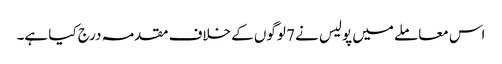
اس معاملے میں پولیس نے 7 لوگوں کے خلاف مقدمہ درج کیا ہے۔